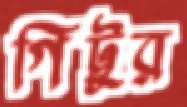
গিট্টুর